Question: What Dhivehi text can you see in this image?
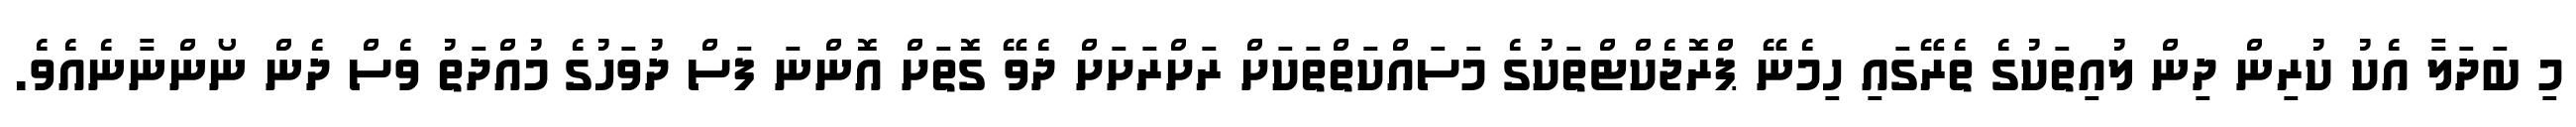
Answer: މި ބަދަލާ އެކު ކުރިން ދިން ލުއިތަކުގެ ތެރޭގައި ހިމެނޭ ޕްރޮޖެކްޓްތަކުގެ މަސައްކަތްތަކަށް ރަށްރަށަށް ދެވޭ ގޮތަށް އޮންނަ ފަސް ދުވަހުގެ މުއްދަތު ވެސް ދެން ނޯންނާނެއެވެ.